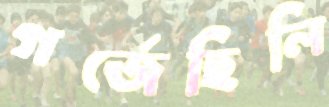
গর্জেছিলি